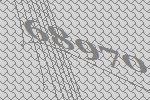
68970